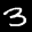
Label: 3